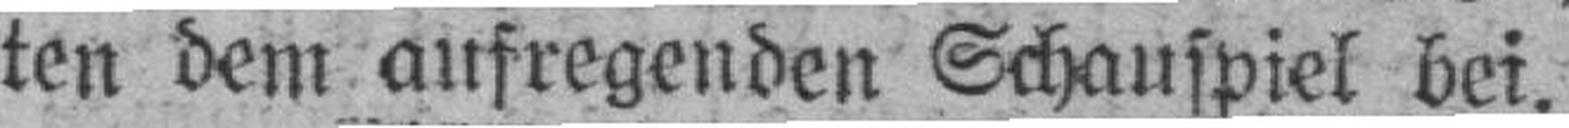
ten dem aufregenden Schauspiel bei.